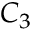
C _ { 3 }